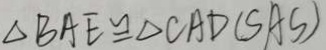
\Delta B A E \cong \Delta C A D ( S A S )